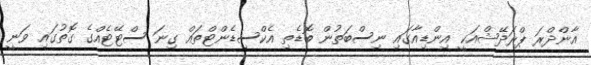
އާންދްރަ ޕްރަދޭޝްއަކީ އިންޑިއާގައި ނިސްބަތުން ބޮޑެތި އެކްސިޑެންޓްތައް ގިނަ ސްޓޭޓެއްގެ ގޮތުގައި ވަނީ